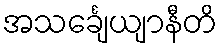
အသင်္ချေယျာနီတိ